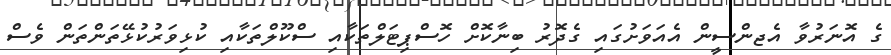
ގެ އޮނަރުވާ އެޖންސީން އެއަވަށުގައި ގެދޮރު ބިނާކޮށް ހޮސްޕިޓަލްތަކާއި ސްކޫލްތަކާއި ކުޅިވަރުކުޅޭތަންތަން ވެސް